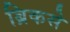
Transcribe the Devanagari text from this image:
ब्रिकसे